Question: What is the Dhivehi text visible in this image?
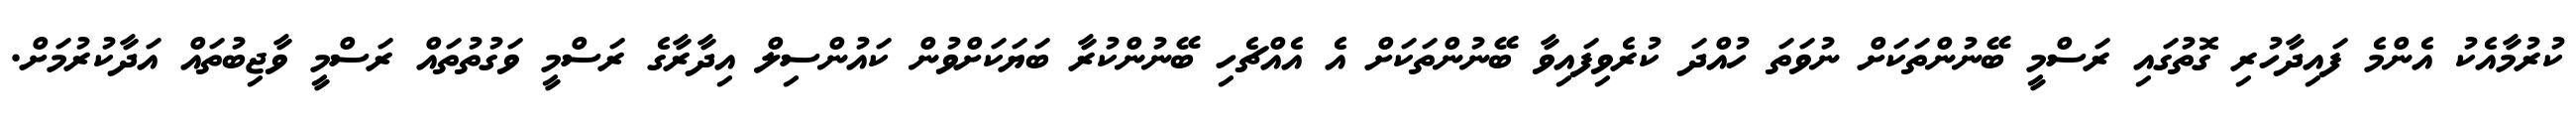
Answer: ކުރުމާއެކު އެންމެ ފައިދާހުރި ގޮތުގައި ރަސްމީ ބޭނުންތަކަށް ނުވަތަ ހުއްދަ ކުރެވިފައިވާ ބޭނުންތަކަށް އެ އެއްޗެހި ބޭނުންކުރާ ބަޔަކަށްވުން ކައުންސިލް އިދާރާގެ ރަސްމީ ވަގުތުތައް ރަސްމީ ވާޖިބުތައް އަދާކުރުމަށް.